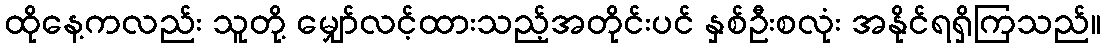
ထိုနေ့ကလည်း သူတို့ မျှော်လင့်ထားသည့်အတိုင်းပင် နှစ်ဦးစလုံး အနိုင်ရရှိကြသည်။